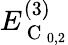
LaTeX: E_{\mathrm{~C~}_{0,2}}^{(3)}